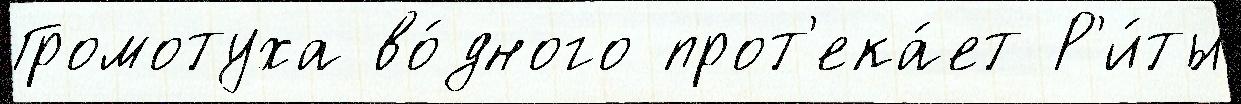
Громотуха во́дного прот'ека́ет Р'и́ты